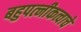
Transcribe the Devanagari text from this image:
बहुपत्‍नीकत्वाचे